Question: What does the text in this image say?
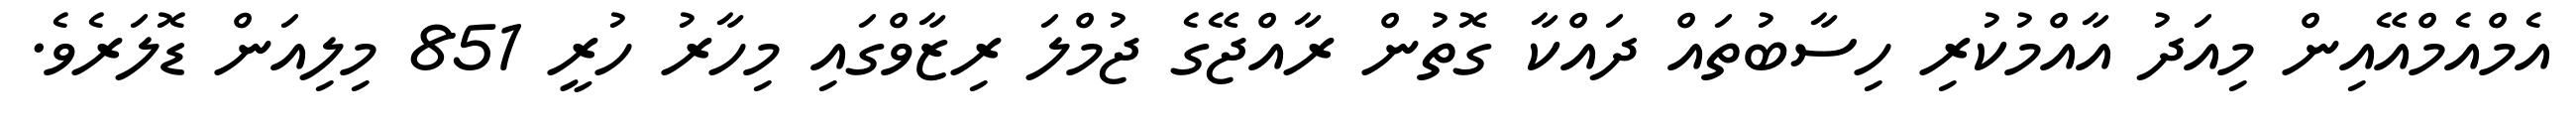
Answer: އެމްއެމްއޭއިން މިއަދު އާއްމުކުރި ހިސާބުތައް ދައްކާ ގޮތުން ރާއްޖޭގެ ޖުމްލަ ރިޒާވްގައި މިހާރު ހުރީ 851 މިލިއަން ޑޮލަރެވެ.